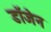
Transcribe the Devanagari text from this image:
डॉजेन